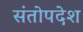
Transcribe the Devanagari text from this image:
संतोपदेश